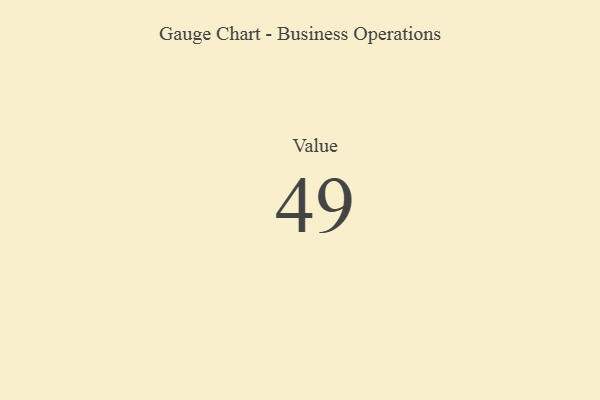
{"axis": {"x": "Metric", "y": "Value"}, "legend": [""], "data": [{"x": "Value", "y": 49, "type": ""}]}